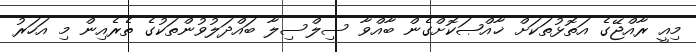
މިއީ ރާއްޖޭގެ އަތޮޅުތަކަށް ޚާއްޞަކޮށްގެން ބާއްވާ ސިލްސިލާ ބައްދަލުވުންތަކުގެ ތެރެއިން މި އަހަރު